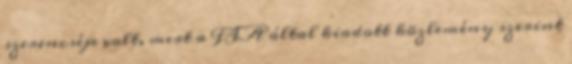
szerencséje volt, mert a FIA által kiadott közlemény szerint